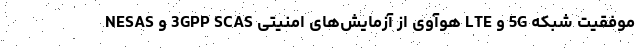
موفقیت‌ شبکه 5G و LTE هوآوی از آزمایش‌های امنیتی 3GPP SCAS و NESAS